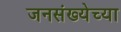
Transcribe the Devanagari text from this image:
जनसंख्येच्या